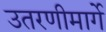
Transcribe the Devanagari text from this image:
उतरणीमार्गे